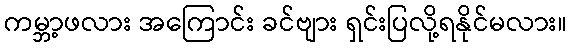
ကမ္ဘာ့ဖလား အကြောင်း ခင်ဗျား ရှင်းပြလို့ရနိုင်မလား။